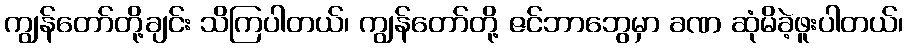
ကျွန်တော်တို့ချင်း သိကြပါတယ်၊ ကျွန်တော်တို့ ဇင်ဘာဘွေမှာ ခဏ ဆုံမိခဲ့ဖူးပါတယ်၊